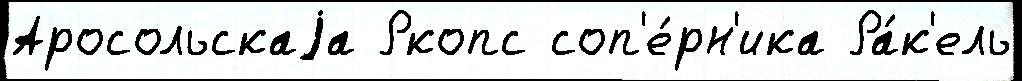
Аросольскаjа Ркопс соп'е́рн'ика Ра́к'ель